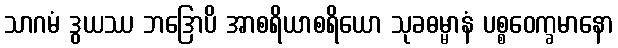
သာဂမံ ဒွယဿ ဘဒြောပိ အာစရိယာစရိယော သုခဓမ္မာနံ ပစ္စဝေက္ခမာနော